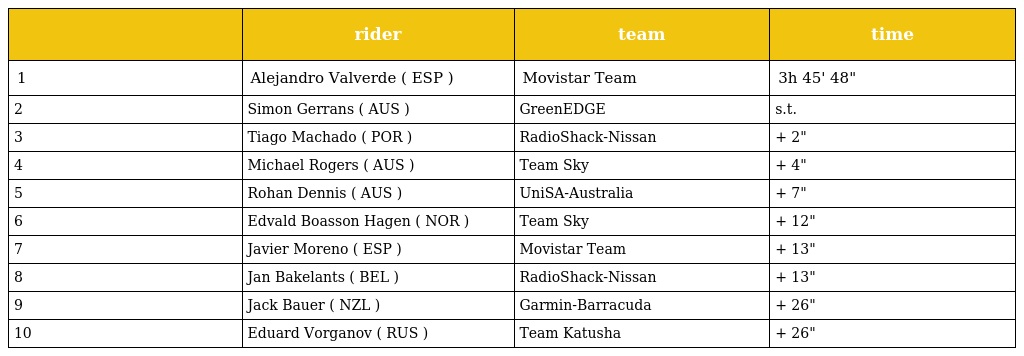
|  | rider | team | time |
 | --- | --- | --- | --- |
 | 1 | Alejandro Valverde ( ESP ) | Movistar Team | 3h 45' 48" |
 | 2 | Simon Gerrans ( AUS ) | GreenEDGE | s.t. |
 | 3 | Tiago Machado ( POR ) | RadioShack-Nissan | + 2" |
 | 4 | Michael Rogers ( AUS ) | Team Sky | + 4" |
 | 5 | Rohan Dennis ( AUS ) | UniSA-Australia | + 7" |
 | 6 | Edvald Boasson Hagen ( NOR ) | Team Sky | + 12" |
 | 7 | Javier Moreno ( ESP ) | Movistar Team | + 13" |
 | 8 | Jan Bakelants ( BEL ) | RadioShack-Nissan | + 13" |
 | 9 | Jack Bauer ( NZL ) | Garmin-Barracuda | + 26" |
 | 10 | Eduard Vorganov ( RUS ) | Team Katusha | + 26" |